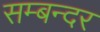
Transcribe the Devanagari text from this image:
सम्बन्दर